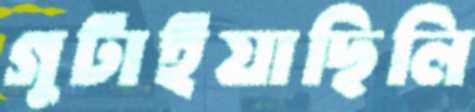
গুটাইয়াছিলি